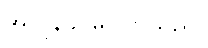
အလွန်ခင်မင်ကြသည်။